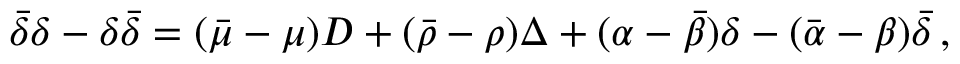
{ \bar { \delta } } \delta - \delta { \bar { \delta } } = ( { \bar { \mu } } - \mu ) D + ( { \bar { \rho } } - \rho ) \Delta + ( \alpha - { \bar { \beta } } ) \delta - ( { \bar { \alpha } } - \beta ) { \bar { \delta } } \, ,